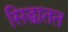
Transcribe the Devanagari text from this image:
सिद्धातत